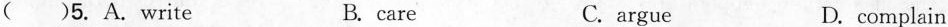
() 5.A.write B.care C.argue D.complain